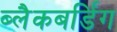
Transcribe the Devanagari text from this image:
ब्लैकबर्डिंग